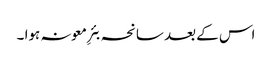
اس کے بعد سانحہ بئرِ معونہ ہوا ۔